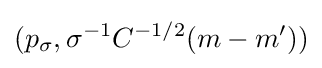
(p_{\sigma },\sigma ^{-1}C^{-1/2}(m-m'))